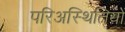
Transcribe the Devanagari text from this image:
परिअस्थितियों